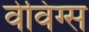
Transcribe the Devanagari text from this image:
वेविंग्स